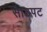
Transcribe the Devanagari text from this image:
साठपट